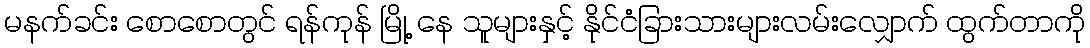
မနက်ခင်း စောစောတွင် ရန်ကုန် မြို့ နေ သူများနှင့် နိုင်ငံခြားသားများလမ်းလျှောက် ထွက်တာကို